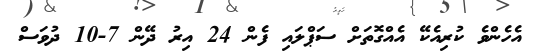
އެހެންވެ ކުރިއެކޭ އެއްގޮތަށް ސަޕްލައި ފެން 24 އިރު ދޭން 7-10 ދުވަސް